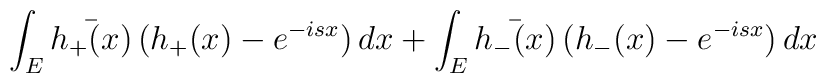
\int_E\bar{h_+(x)}\,(h_+(x)-e^{-isx})\,dx+\int_E\bar{h_-(x)}\,(h_-(x)-e^{-isx})\,dx